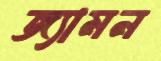
জ্যামন